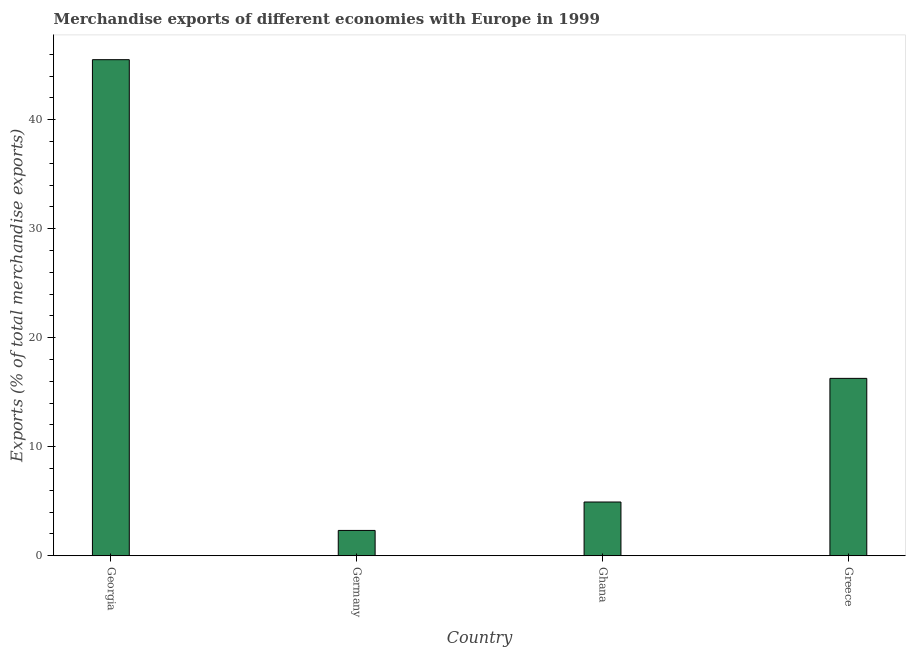
| Country | Merchandise Exports |
 | --- | --- |
 | Georgia | 45.5 |
 | Germany | 2.33 |
 | Ghana | 4.93 |
 | Greece | 16.3 |